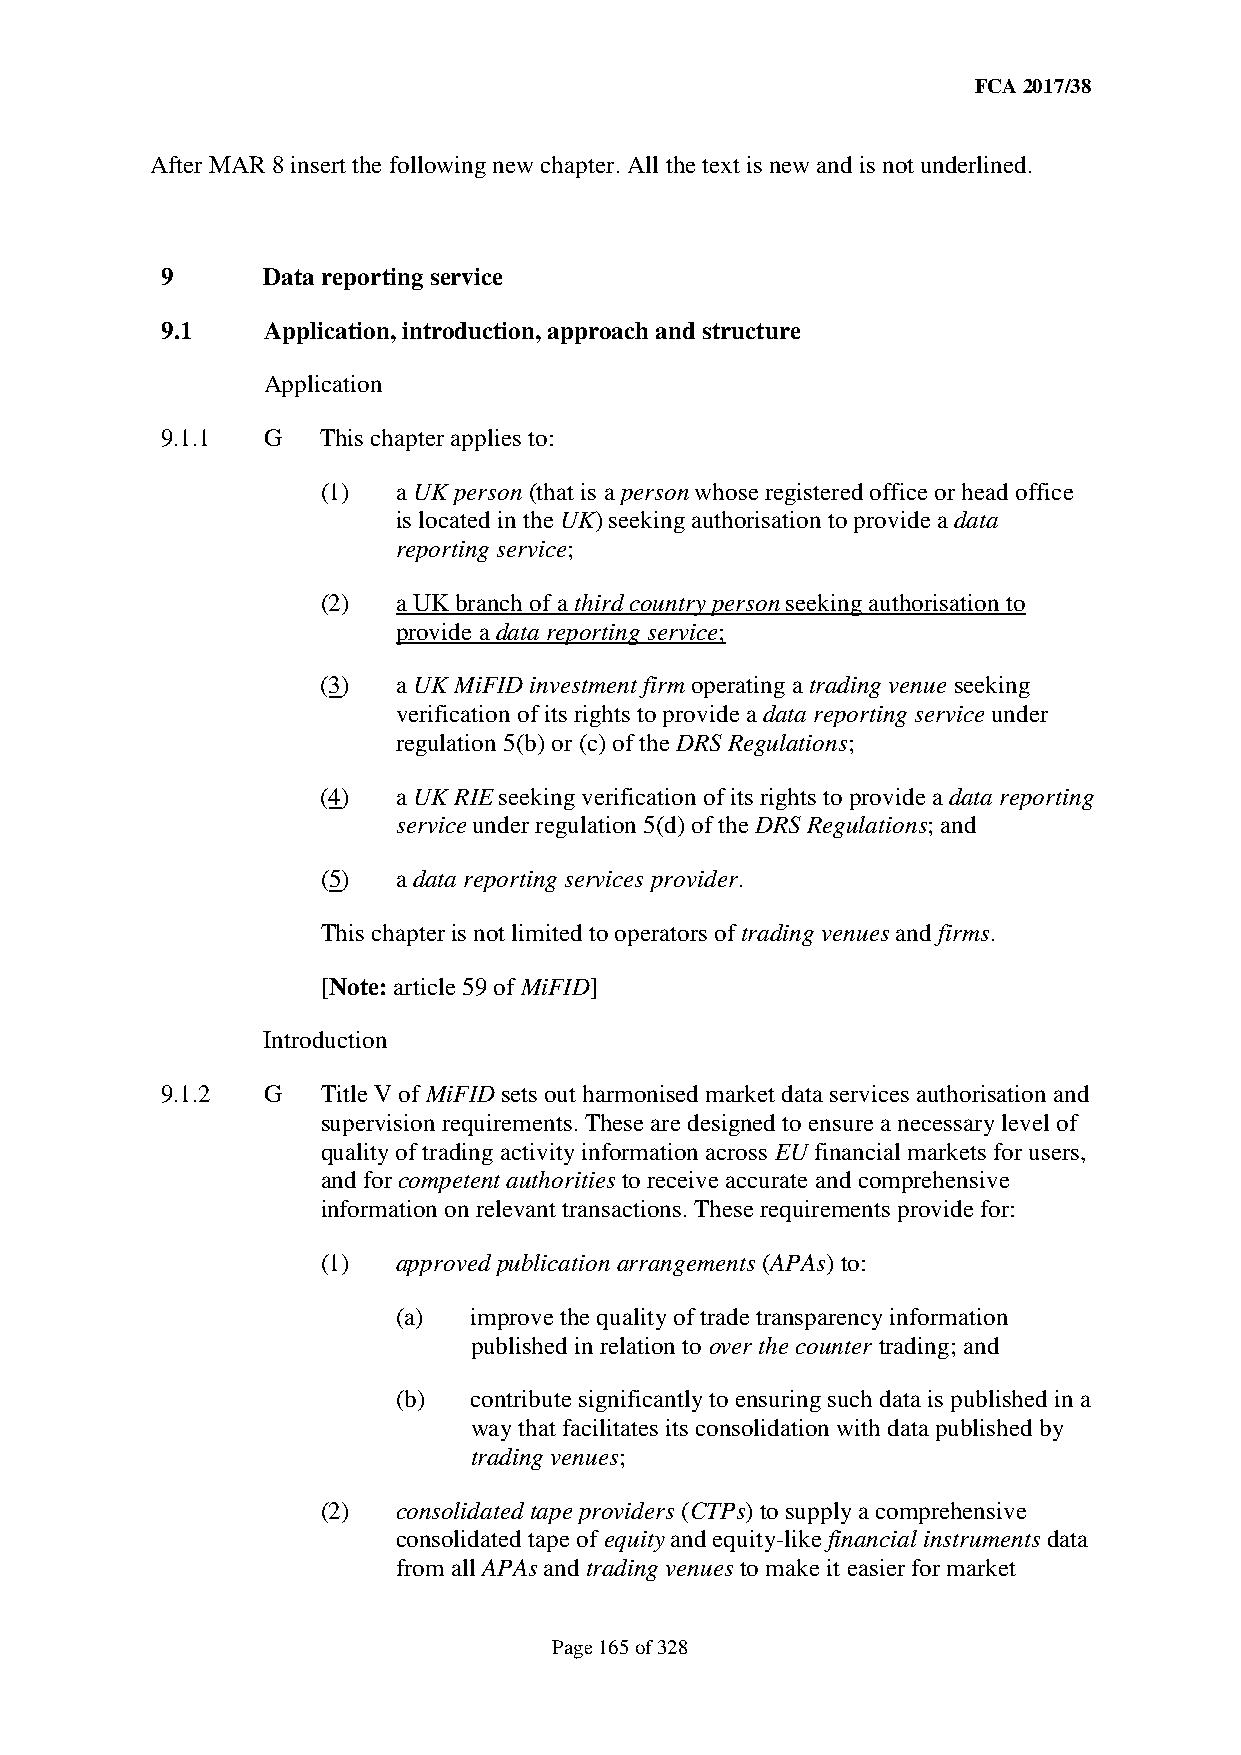
FCA 2017/38
 After MAR 8 insert the following new chapter. All the text is new and is not underlined.
 9     Data reporting service
 9.1   Application, introduction, approach and structure
 Application
 9.1.1 G   This chapter applies to:
 (1)  a UK person (that is a person whose registered office or head office
 is located in the UK) seeking authorisation to provide a data
 reporting service;
 (2)  a UK branch of a third country person seeking authorisation to
 provide a data reporting service;
 (3)  a UK MiFID investment firm operating a trading venue seeking
 verification of its rights to provide a data reporting service under
 regulation 5(b) or (c) of the DRS Regulations;
 (4)  a UK RIE seeking verification of its rights to provide a data reporting
 service under regulation 5(d) of the DRS Regulations; and
 (5)  a data reporting services provider.
 This chapter is not limited to operators of trading venues and firms.
 [Note: article 59 of MiFID]
 Introduction
 9.1.2 G   Title V of MiFID sets out harmonised market data services authorisation and
 supervision requirements. These are designed to ensure a necessary level of
 quality of trading activity information across EU financial markets for users,
 and for competent authorities to receive accurate and comprehensive
 information on relevant transactions. These requirements provide for:
 (1)  approved publication arrangements (APAs) to:
 (a)  improve the quality of trade transparency information
 published in relation to over the counter trading; and
 (b)  contribute significantly to ensuring such data is published in a
 way that facilitates its consolidation with data published by
 trading venues;
 (2)  consolidated tape providers (CTPs) to supply a comprehensive
 consolidated tape of equity and equity-like financial instruments data
 from all APAs and trading venues to make it easier for market
 Page 165 of 328